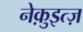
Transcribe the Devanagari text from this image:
नेक़ुइत्ज़